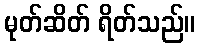
မုတ်ဆိတ် ရိတ်သည်။